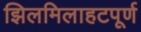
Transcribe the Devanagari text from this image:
झिलमिलाहटपूर्ण